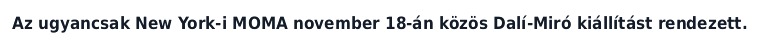
Az ugyancsak New York-i MOMA november 18-án közös Dalí-Miró kiállítást rendezett.